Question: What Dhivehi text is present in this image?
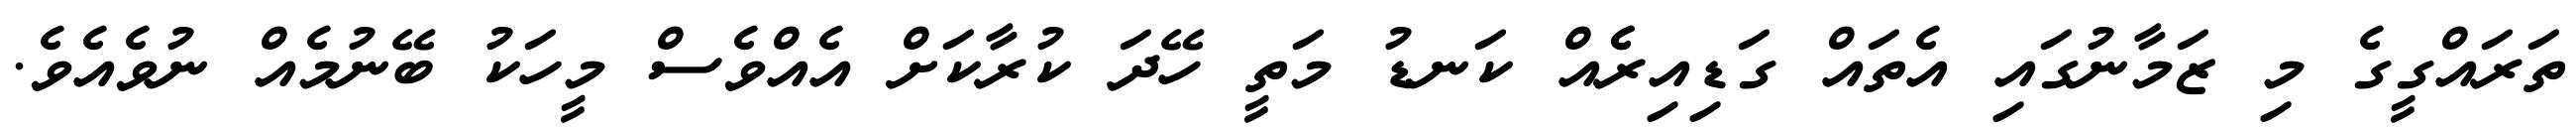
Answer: ތަރައްގީގެ މި ޒަމާނުގައި އެތައް ގަޑިއިރެެއް ކަނޑު މަތީ ހޭދަ ކުރާކަށް އެއްވެސް މީހަކު ބޭނުމެއް ނުވެއެވެ.